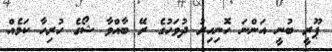
ޕޫރީ ބުނީ އަންނަ ހޮނިހިރު ދުވަހުގެ ރޭ ބާއްވާ ޝޯގެ ހުރިހާ ކަމެއް